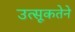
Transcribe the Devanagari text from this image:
उत्सूकतेने